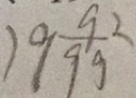
1 9 \frac { 9 2 } { 9 9 }